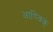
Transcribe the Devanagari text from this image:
आण्विक्